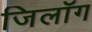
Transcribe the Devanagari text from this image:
जिलॉग